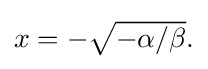
{\textstyle x=-{\sqrt {-\alpha /\beta }}.}